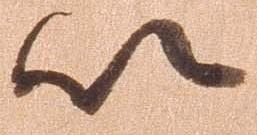
以